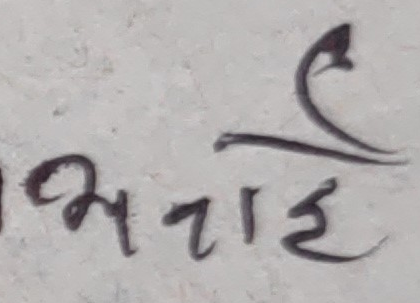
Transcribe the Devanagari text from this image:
भनाई